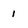
Character: 1